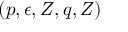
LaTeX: ( p , \epsilon , Z , q , Z )